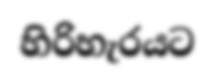
හිරිහැරයට